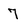
Character: 7